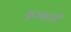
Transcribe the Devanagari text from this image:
कुआइज़ी